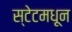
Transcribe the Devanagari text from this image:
स्टेटमधून